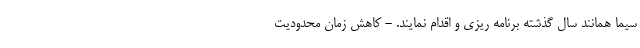
سیما همانند سال گذشته برنامه ریزی و اقدام نمایند. - کاهش زمان محدودیت